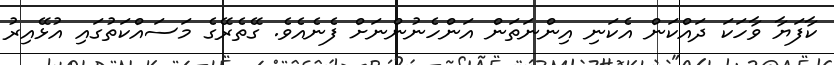
ކާފަޔާ ވާހަކަ ދައްކަން އެކަނި އިންނަތަން އަންހެނުންނަށް ފެނެއެވެ. ގޭތެރޭގެ މަސައްކަތުގައި އުޅޭއިރު